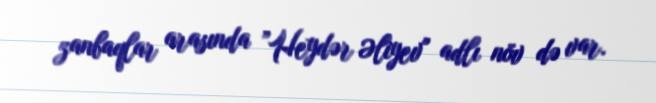
zanbaqlar arasında ”Heydər Əliyev" adlı növ də var.